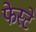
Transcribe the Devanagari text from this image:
फेस्टे